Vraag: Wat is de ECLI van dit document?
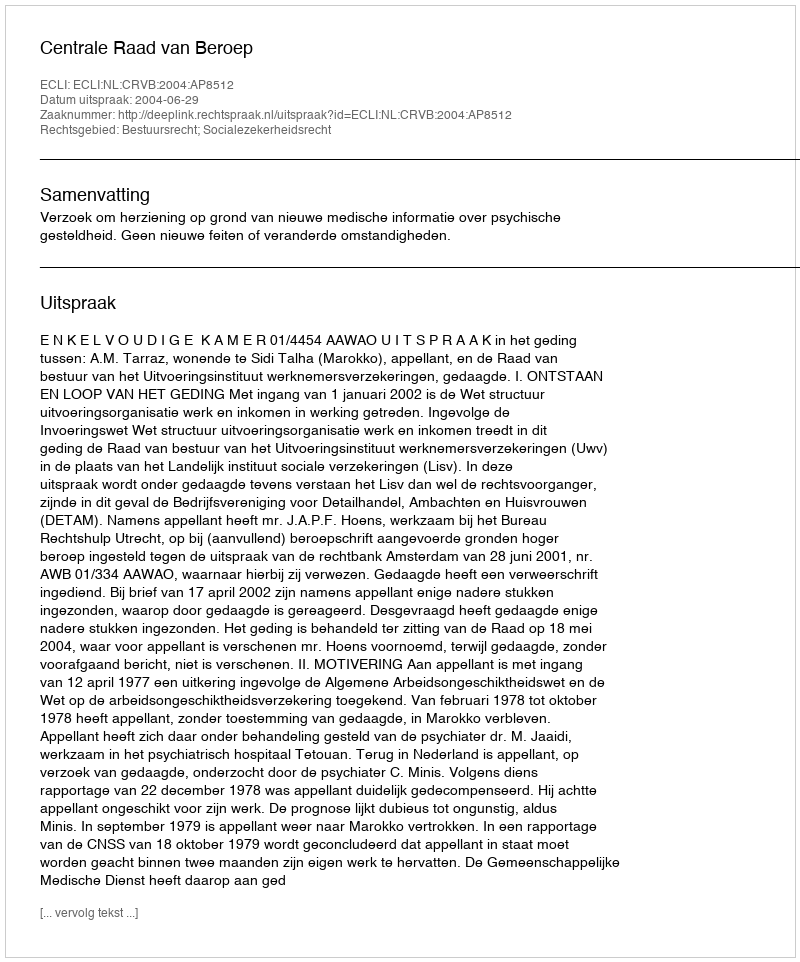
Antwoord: ECLI:NL:CRVB:2004:AP8512